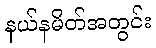
နယ်နမိတ်အတွင်း